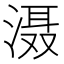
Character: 滠